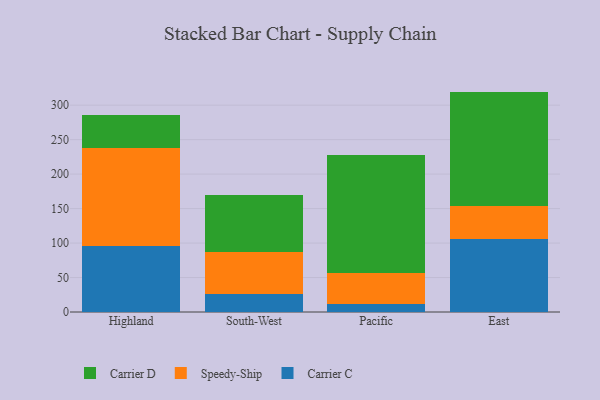
{"axis": {"x": "Region", "y": "Page Views"}, "legend": ["Carrier C", "Carrier D", "Speedy-Ship"], "data": [{"x": "Highland", "y": 96.1, "type": "Carrier C"}, {"x": "Highland", "y": 141.3, "type": "Speedy-Ship"}, {"x": "Highland", "y": 48.1, "type": "Carrier D"}, {"x": "South-West", "y": 25.8, "type": "Carrier C"}, {"x": "South-West", "y": 60.6, "type": "Speedy-Ship"}, {"x": "South-West", "y": 83.7, "type": "Carrier D"}, {"x": "Pacific", "y": 10.9, "type": "Carrier C"}, {"x": "Pacific", "y": 45.3, "type": "Speedy-Ship"}, {"x": "Pacific", "y": 171.4, "type": "Carrier D"}, {"x": "East", "y": 106.1, "type": "Carrier C"}, {"x": "East", "y": 47.6, "type": "Speedy-Ship"}, {"x": "East", "y": 166.0, "type": "Carrier D"}]}